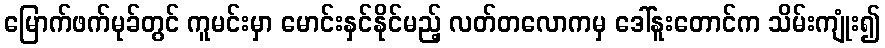
မြောက်ဖက်မုခ်တွင် ကူမင်းမှာ မောင်းနှင်နိုင်မည့် လတ်တလောကမှ ဒေါ်နူးတောင်က သိမ်းကျုံး၍